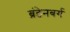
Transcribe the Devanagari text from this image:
ब्रंडेनबर्ग